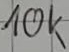
Text: 10k